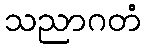
သညာဂတံ